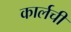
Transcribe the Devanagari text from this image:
कार्लची